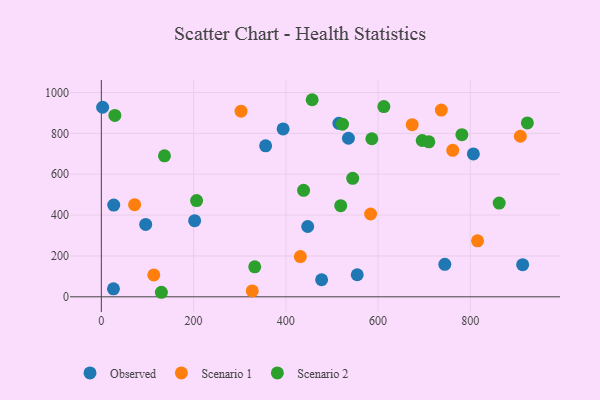
{"axis": {"x": "Engine Size", "y": "Rating"}, "legend": ["Observed", "Scenario 1", "Scenario 2"], "data": [{"x": "26.9", "y": 449.0, "type": "Observed"}, {"x": "202.3", "y": 372.6, "type": "Observed"}, {"x": "356.2", "y": 739.1, "type": "Observed"}, {"x": "26.3", "y": 39.0, "type": "Observed"}, {"x": "554.8", "y": 108.1, "type": "Observed"}, {"x": "2.8", "y": 927.9, "type": "Observed"}, {"x": "447.4", "y": 344.1, "type": "Observed"}, {"x": "394.1", "y": 821.7, "type": "Observed"}, {"x": "535.7", "y": 776.1, "type": "Observed"}, {"x": "477.6", "y": 83.4, "type": "Observed"}, {"x": "913.5", "y": 157.1, "type": "Observed"}, {"x": "744.7", "y": 159.2, "type": "Observed"}, {"x": "515.0", "y": 849.3, "type": "Observed"}, {"x": "806.6", "y": 699.4, "type": "Observed"}, {"x": "96.2", "y": 354.2, "type": "Observed"}, {"x": "113.7", "y": 106.9, "type": "Scenario 1"}, {"x": "674.0", "y": 842.6, "type": "Scenario 1"}, {"x": "908.5", "y": 786.0, "type": "Scenario 1"}, {"x": "737.1", "y": 914.1, "type": "Scenario 1"}, {"x": "327.2", "y": 28.9, "type": "Scenario 1"}, {"x": "72.1", "y": 451.1, "type": "Scenario 1"}, {"x": "815.7", "y": 274.0, "type": "Scenario 1"}, {"x": "302.9", "y": 908.6, "type": "Scenario 1"}, {"x": "583.8", "y": 405.4, "type": "Scenario 1"}, {"x": "761.9", "y": 717.0, "type": "Scenario 1"}, {"x": "431.5", "y": 197.2, "type": "Scenario 1"}, {"x": "545.0", "y": 580.1, "type": "Scenario 2"}, {"x": "457.1", "y": 964.8, "type": "Scenario 2"}, {"x": "522.8", "y": 845.1, "type": "Scenario 2"}, {"x": "519.0", "y": 445.9, "type": "Scenario 2"}, {"x": "862.6", "y": 458.9, "type": "Scenario 2"}, {"x": "136.9", "y": 690.1, "type": "Scenario 2"}, {"x": "130.2", "y": 22.2, "type": "Scenario 2"}, {"x": "586.5", "y": 773.8, "type": "Scenario 2"}, {"x": "612.5", "y": 931.5, "type": "Scenario 2"}, {"x": "781.7", "y": 793.9, "type": "Scenario 2"}, {"x": "710.1", "y": 758.9, "type": "Scenario 2"}, {"x": "695.7", "y": 765.2, "type": "Scenario 2"}, {"x": "438.5", "y": 521.4, "type": "Scenario 2"}, {"x": "206.5", "y": 471.3, "type": "Scenario 2"}, {"x": "29.3", "y": 887.8, "type": "Scenario 2"}, {"x": "923.7", "y": 851.0, "type": "Scenario 2"}, {"x": "332.6", "y": 146.7, "type": "Scenario 2"}]}